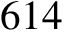
6 1 4